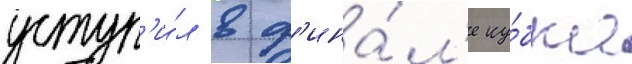
уступ'и́л в ф'ина́л'е ку́бка